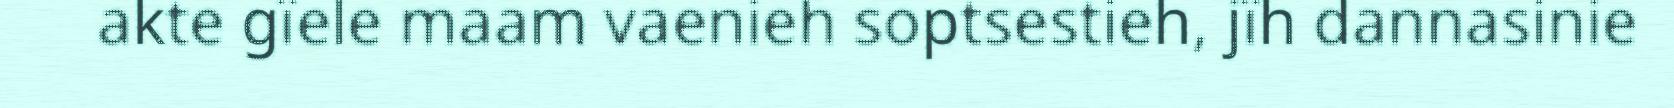
akte gïele maam vaenieh soptsestieh, jïh dannasinie